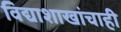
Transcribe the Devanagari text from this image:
विद्याशाखांचाही